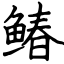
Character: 䲠